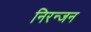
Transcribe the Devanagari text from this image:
निरन्जन